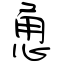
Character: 恿